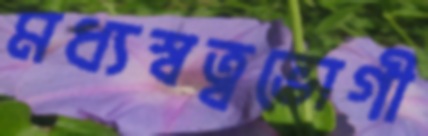
মধ্যস্বত্বভোগী